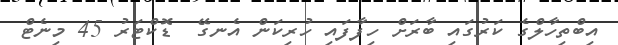
އިބްތިހާލްގެ ކަރުގައި ބާރަށް ހިފާފައި ހުރިކަން އެނގޭ  ޑޮކްޓަރު 45 މިނެޓް